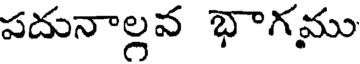
పదునాల్గవ భాగము